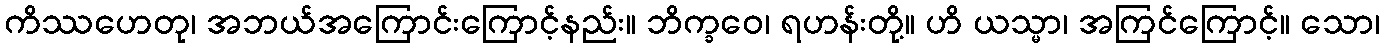
ကိဿဟေတု၊ အဘယ်အကြောင်းကြောင့်နည်း။ ဘိက္ခဝေ၊ ရဟန်းတို့။ ဟိ ယသ္မာ၊ အကြင်ကြောင့်။ သော၊